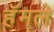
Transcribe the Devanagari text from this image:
हॅमले